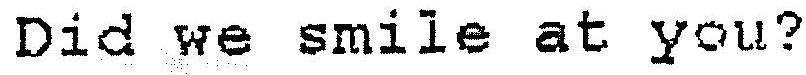
DID WE SMILE AT YOU?